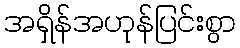
အရှိန်အဟုန်ပြင်းစွာ